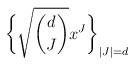
LaTeX: \begin{align*} \bigg \{ \sqrt{ \binom{d}{J} } x^J \bigg \}_{|J| = d} \end{align*}